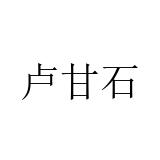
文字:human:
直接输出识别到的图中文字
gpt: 卢甘石